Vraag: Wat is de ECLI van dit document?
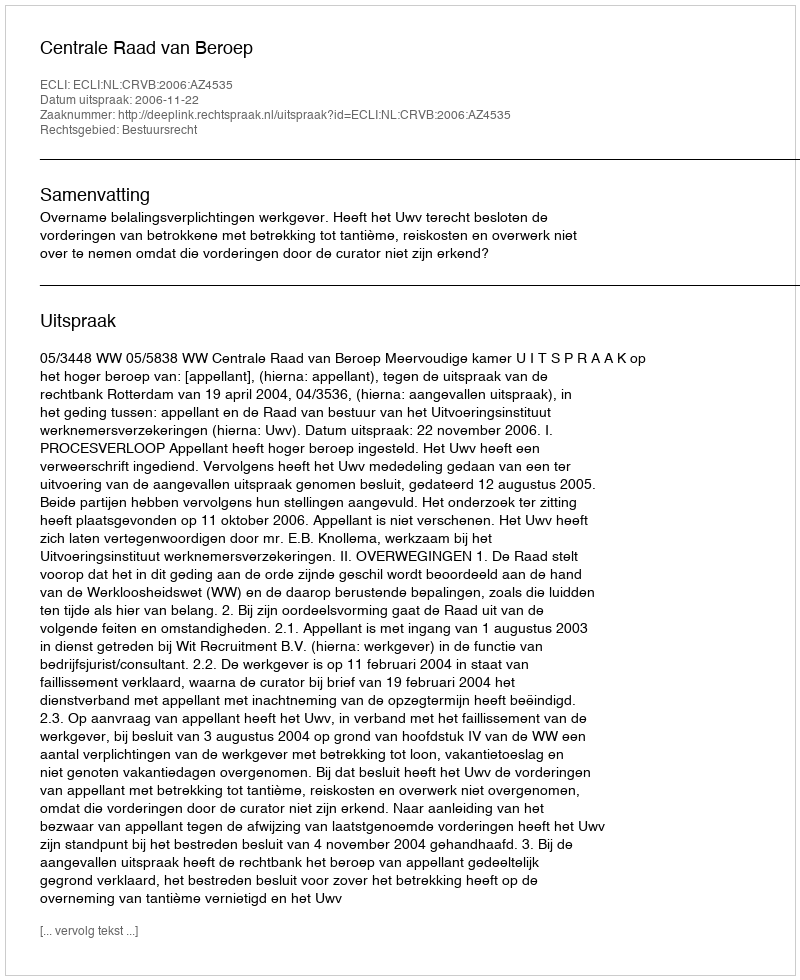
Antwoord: ECLI:NL:CRVB:2006:AZ4535